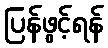
ပြန်ဖွင့်ရန်